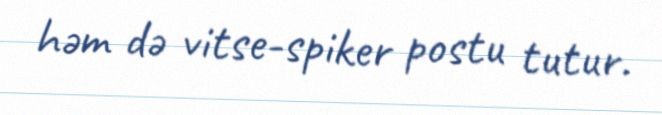
həm də vitse-spiker postu tutur.